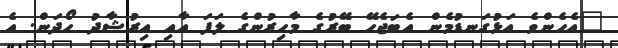
"އެހެންވެ އަޅުގަނޑުމެން އެބަޖެހޭ ބޭރުގެ މާހިރުންގެ ލަފަ އާއި އިރުޝާދު ހޯދަން. އެ